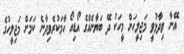
އޭނާ ވިދާޅުވީ މަޖިލީހަށް މީހަކު ދޭ ބަޔާނެއްގެ އޯޑިއޯ ހާމަކުރެވިދާނެ ކަމަށް މަޖިލީހުގެ